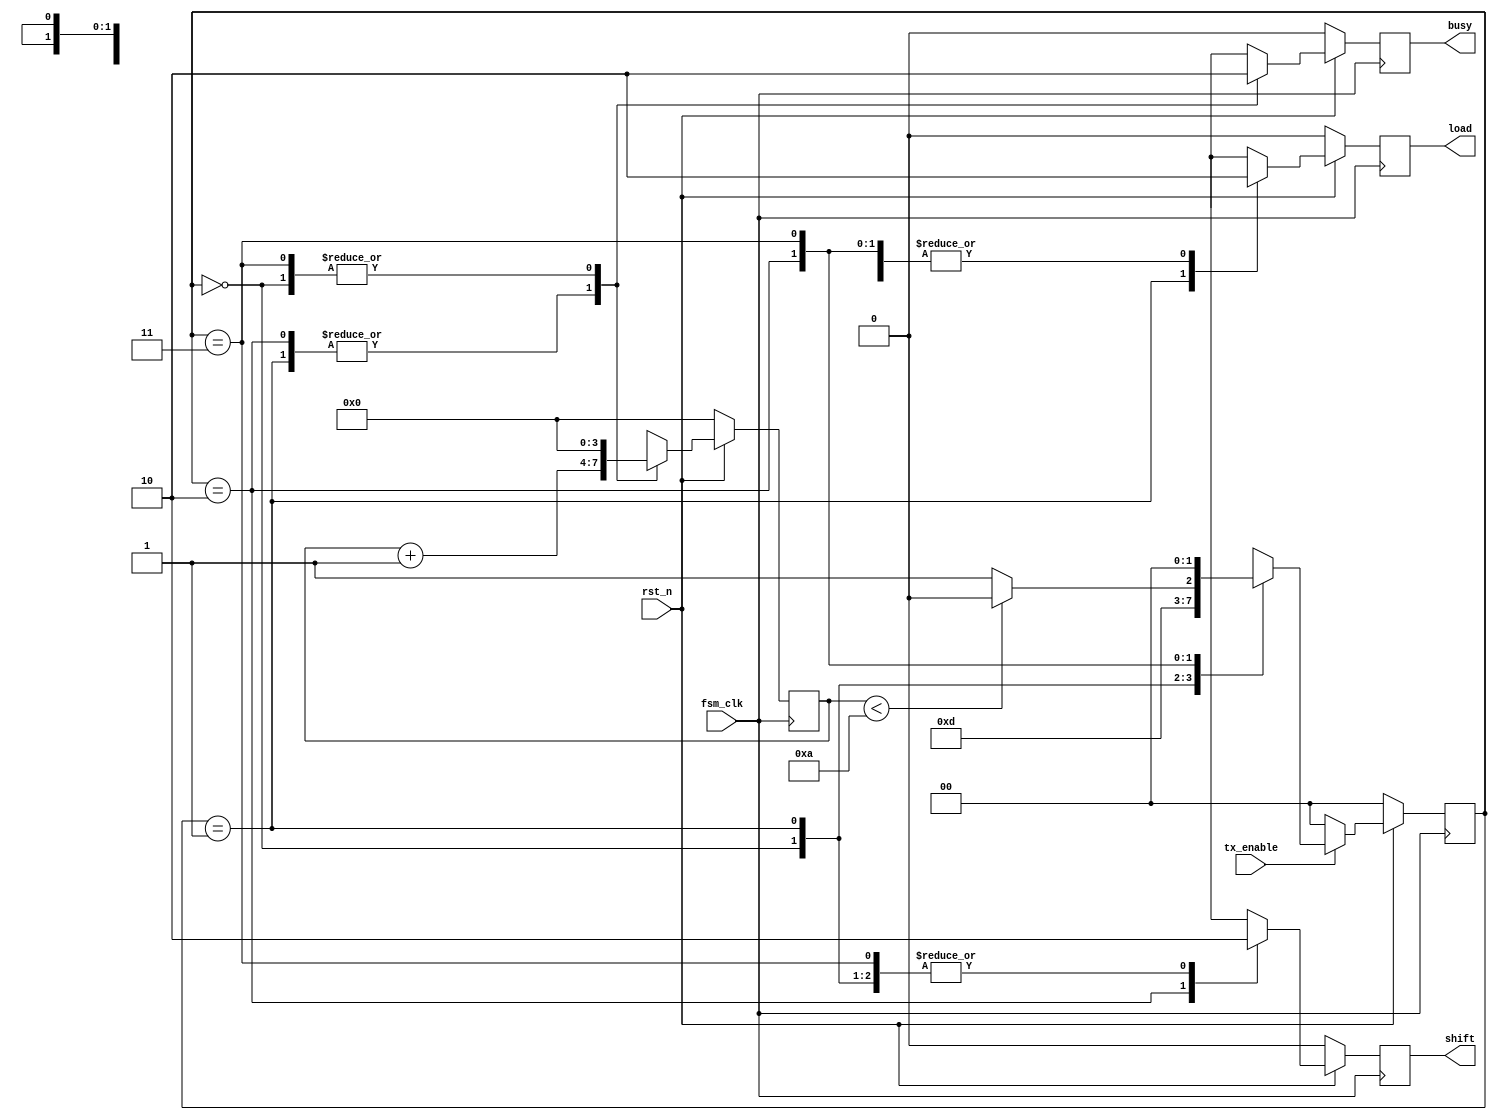
`timescale 1ns/1ns
module transmitter_fsm (
    input fsm_clk,
    input rst_n,
    input tx_enable,
    output reg busy,
    output reg load,
    output reg shift
);

parameter FSM_IDLE  = 2'd0;
parameter FSM_LOAD  = 2'd1;
parameter FSM_SHIFT = 2'd2;
parameter FSM_WAIT  = 2'd3;

reg [1:0] fsm_state;
reg [3:0] fsm_cnt;
reg [1:0] fsm_next_state;

always @ (fsm_state or fsm_cnt or tx_enable)
begin: FSM_NEXT_STATE_COMBO
    fsm_next_state = FSM_IDLE;
    if (!tx_enable) begin
        fsm_next_state = FSM_IDLE;
    end else begin
        case (fsm_state)
            FSM_IDLE: fsm_next_state = FSM_LOAD;
            FSM_LOAD: fsm_next_state = FSM_SHIFT;
            FSM_SHIFT:
                if (fsm_cnt < 4'd10) begin
                    fsm_next_state = FSM_SHIFT;
                end else
                    fsm_next_state = FSM_WAIT;
            FSM_WAIT: fsm_next_state = FSM_IDLE;
            default: fsm_next_state = FSM_IDLE;
        endcase
    end
end

always @ (posedge fsm_clk)
begin: FSM_CUR_STATE_SEQ
    if (!rst_n) begin
        fsm_state <= #1 FSM_IDLE;
        fsm_cnt <= #1 1'b0;
    end else begin
        fsm_state <= #1 fsm_next_state;
        case (fsm_state)
            FSM_IDLE: begin
                fsm_cnt <= #1 1'b0;
            end
            FSM_LOAD: begin
                fsm_cnt <= #1 fsm_cnt + 1'b1;
            end
            FSM_SHIFT: begin
                fsm_cnt <= #1 fsm_cnt + 1'b1;
            end
            FSM_WAIT: begin
                fsm_cnt <= #1 1'b0;
            end
            default: begin
                fsm_state <= #1 FSM_IDLE;
                fsm_cnt <= #1 1'b0;
            end
        endcase
    end
end

always @ (posedge fsm_clk)
begin: FSM_OUTPUT_SEQ
    if (!rst_n) begin
        busy <= #1 1'b0;
        load <= #1 1'b0;
        shift <= #1 1'b0;
    end else begin
        case (fsm_state)
            FSM_IDLE: begin
                busy <= #1 1'b0;
                load <= #1 1'b0;
                shift <= #1 1'b0;
            end
            FSM_LOAD: begin
                busy <= #1 1'b1;
                load <= #1 1'b1;
                shift <= #1 1'b0;
            end
            FSM_SHIFT: begin
                busy <= #1 1'b1;
                load <= #1 1'b0;
                shift <= #1 1'b1;
            end
            FSM_WAIT: begin
                busy <= #1 1'b0;
                load <= #1 1'b0;
                shift <= #1 1'b0;
            end
            default: begin
                busy <= #1 1'b0;
                load <= #1 1'b0;
                shift <= #1 1'b0;
            end
        endcase
    end
end

endmodule